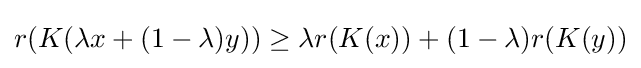
{\textstyle r(K(\lambda x+(1-\lambda )y))\geq \lambda r(K(x))+(1-\lambda )r(K(y))}